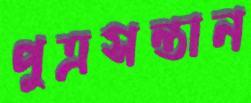
পুত্রসন্তান